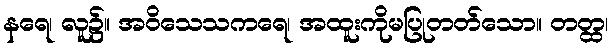
နရေ၊ လူ၌။ အဝိသေသကရေ၊ အထူးကိုမပြုတတ်သော။ တတ္ထ၊